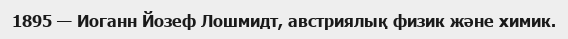
1895 — Иоганн Йозеф Лошмидт, австриялық физик және химик.